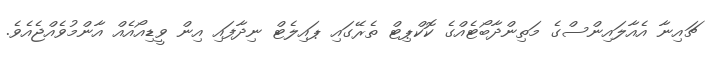
ޗައިނާ އެއާލައިންސްގެ މަތިންދާބޯޓެއްގެ ކޮކްޕިޓް ތެރޭގައި ޕައިލެޓް ނިދާފައި އިން ވީޑިއޯއެއް އާންމުވެއްޖެއެވެ.